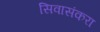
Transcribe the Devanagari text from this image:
सिवासंकरा